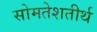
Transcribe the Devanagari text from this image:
सोमतेशतीर्थ